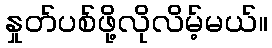
နှုတ်ပစ်ဖို့လိုလိမ့်မယ်။